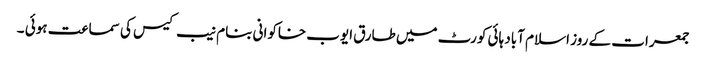
جمعرات کے روز اسلام آباد ہائی کورٹ میں طارق ایوب خاکوانی بنام نیب کیس کی سماعت ہوئی ۔